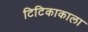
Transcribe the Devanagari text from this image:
टिटिकाकाला